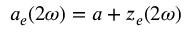
a _ { e } ( 2 \omega ) = a + z _ { e } ( 2 \omega )